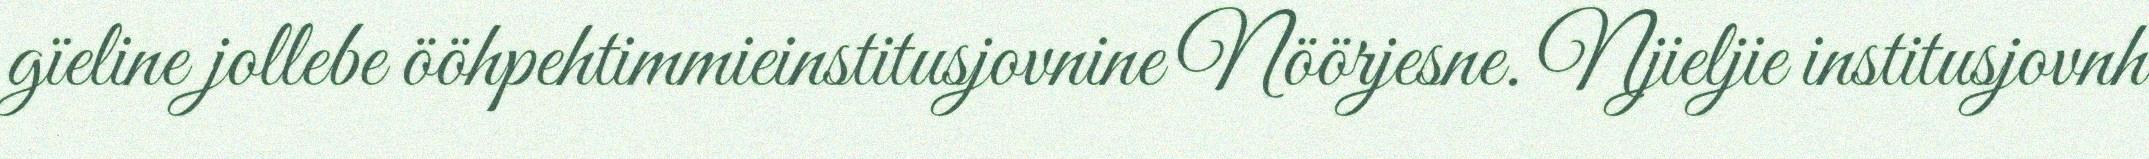
gïeline jollebe ööhpehtimmieinstitusjovnine Nöörjesne. Njieljie institusjovnh